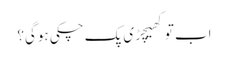
اب توکھیچڑی پک چکی ہوگی؟